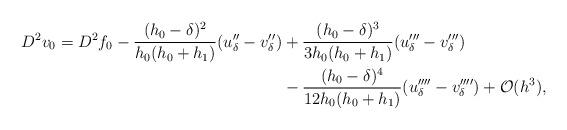
LaTeX: \begin{align*}\begin{aligned} D^2v_0 = D^2f_0 - \frac{(h_0-\delta)^2}{h_0(h_0+h_1)}(u''_{\delta}-v''_{\delta}) &+ \frac{(h_0-\delta)^3}{3h_0(h_0+h_1)}(u'''_{\delta}-v'''_{\delta}) \\ &- \frac{(h_0-\delta)^4}{12h_0(h_0+h_1)}(u''''_{\delta}-v''''_{\delta}) + \mathcal O(h^3),\\\end{aligned}\end{align*}